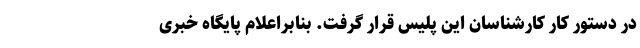
در دستور کار کارشناسان این پلیس قرار گرفت. بنابراعلام پایگاه خبری